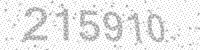
Solution: 215910